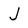
Character: J